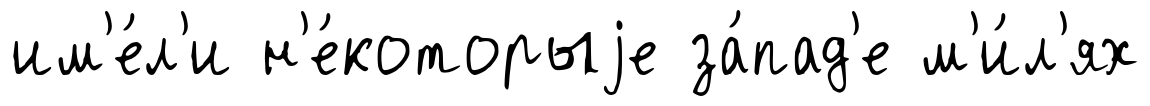
им'е́л'и н'е́которыjе за́пад'е м'и́л'ях